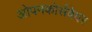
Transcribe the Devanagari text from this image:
ओपनकोर्सवेयर